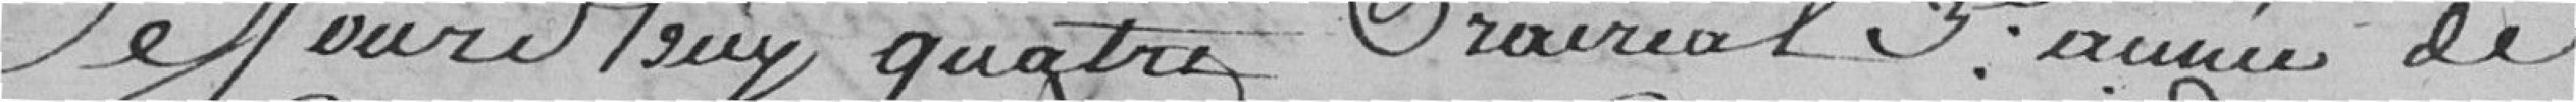
Le jour d'huy quatre Prairial, 3e année de